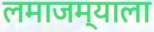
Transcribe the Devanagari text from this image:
लमाजम्याला